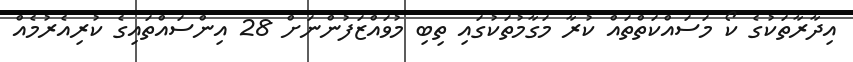
އިދާރާތަކުގެ ކޯ މަސައްކަތްތައް ކުރާ މަގާމުތަކުގައި ތިބި މުވައްޒަފުންނަށް 28 އިންސައްތައިގެ ކުރިއެރުމެއް